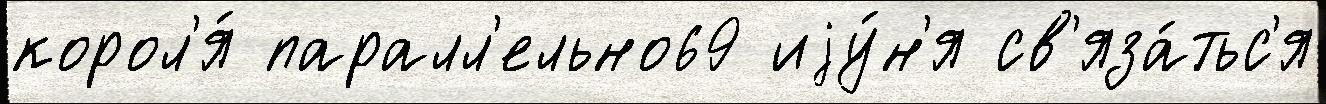
корол'я́ паралл'ельно69 иjу́н'я св'яза́тьс'я